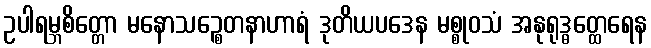
ဥပါရမ္ဘစိတ္တော မနောသဉ္စေတနာဟာရံ ဒုတိယပဒေန မစ္စုဝသံ အနုရုဒ္ဓတ္ထေရေန